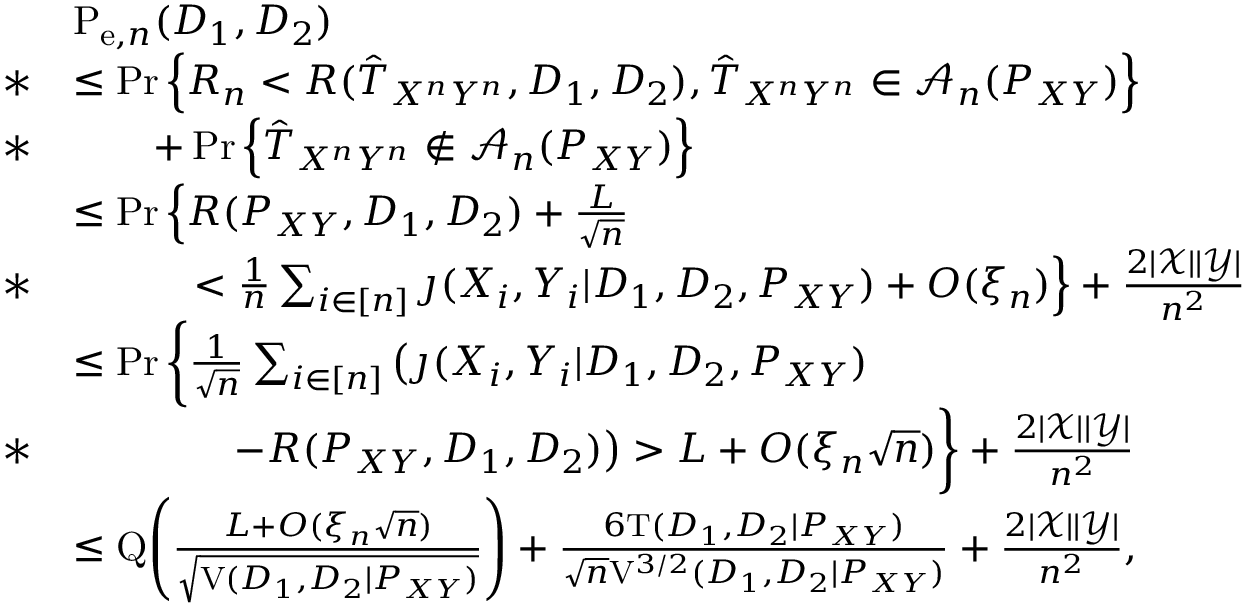
\begin{array} { r l } & { \mathrm { P } _ { \mathrm { e } , n } ( D _ { 1 } , D _ { 2 } ) } \\ { * } & { \leq \operatorname* { P r } \Big \{ R _ { n } < R ( \hat { T } _ { X ^ { n } Y ^ { n } } , D _ { 1 } , D _ { 2 } ) , \hat { T } _ { X ^ { n } Y ^ { n } } \in \mathcal { A } _ { n } ( P _ { X Y } ) \Big \} } \\ { * } & { \qquad + \operatorname* { P r } \Big \{ \hat { T } _ { X ^ { n } Y ^ { n } } \notin \mathcal { A } _ { n } ( P _ { X Y } ) \Big \} } \\ & { \leq \operatorname* { P r } \Big \{ R ( P _ { X Y } , D _ { 1 } , D _ { 2 } ) + \frac { L } { \sqrt { n } } } \\ { * } & { \qquad \quad < \frac { 1 } { n } \sum _ { i \in [ n ] } \jmath ( X _ { i } , Y _ { i } | D _ { 1 } , D _ { 2 } , P _ { X Y } ) + O ( \xi _ { n } ) \Big \} + \frac { 2 | \mathcal { X } | | \mathcal { Y } | } { n ^ { 2 } } } \\ & { \leq \operatorname* { P r } \bigg \{ \frac { 1 } { \sqrt { n } } \sum _ { i \in [ n ] } \big ( \jmath ( X _ { i } , Y _ { i } | D _ { 1 } , D _ { 2 } , P _ { X Y } ) } \\ { * } & { \qquad \qquad - R ( P _ { X Y } , D _ { 1 } , D _ { 2 } ) \big ) > L + O ( \xi _ { n } \sqrt { n } ) \bigg \} + \frac { 2 | \mathcal { X } | | \mathcal { Y } | } { n ^ { 2 } } } \\ & { \leq \mathrm { Q } \Bigg ( \frac { L + O ( \xi _ { n } \sqrt { n } ) } { \sqrt { \mathrm { V } ( D _ { 1 } , D _ { 2 } | P _ { X Y } ) } } \Bigg ) + \frac { 6 \mathrm { T } ( D _ { 1 } , D _ { 2 } | P _ { X Y } ) } { \sqrt { n } \mathrm { V } ^ { 3 / 2 } ( D _ { 1 } , D _ { 2 } | P _ { X Y } ) } + \frac { 2 | \mathcal { X } | | \mathcal { Y } | } { n ^ { 2 } } , } \end{array}